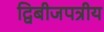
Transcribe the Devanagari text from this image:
द्विबीजपत्रीय